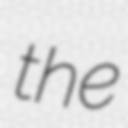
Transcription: the